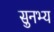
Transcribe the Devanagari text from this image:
सुनभ्य